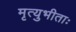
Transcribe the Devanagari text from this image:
मृत्युभीताः